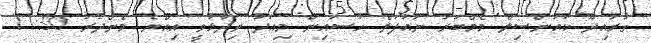
ގުރައިދޫ ކައުންސިލް މެމްބަރު ނައުފަލް ހުސައިން މިއަދު ވިދާޅުވީ އިއްޔެ މެންދުރު 11:30